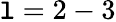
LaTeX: \mathtt{l}=2-3